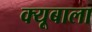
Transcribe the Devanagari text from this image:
क्यूबाला